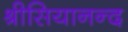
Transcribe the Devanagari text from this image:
श्रीसियानन्द